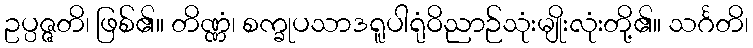
ဥပ္ပဇ္ဇတိ၊ ဖြစ်၏။ တိဏ္ဏံ၊ စက္ခုပသာဒရူပါရုံဝိညာဉ်သုံးမျိုးလုံးတို့၏။ သင်္ဂတိ၊